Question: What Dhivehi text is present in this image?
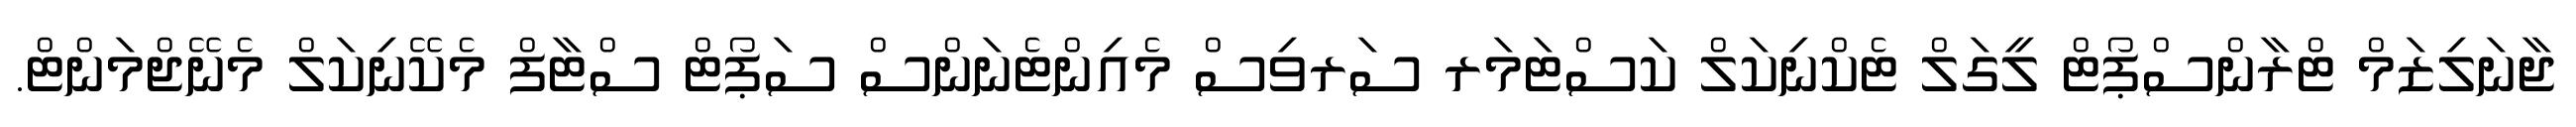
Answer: ޖާނަލިޒަމް ޓްރާންސްޕޯޓް ލީގަލް ޓެކްނިކަލް ކަސްޓަމަރ ސަރވިސް މެއިންޓެނަންސް ސަޕޯޓް ސްޓާފް މެކޭނިކަލް މެނޭޖްމަންޓް.